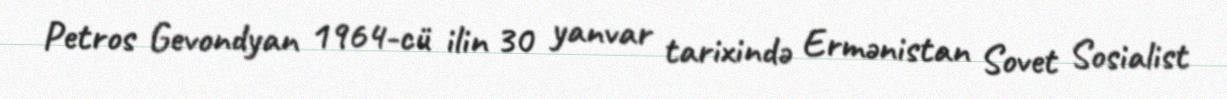
Petros Gevondyan 1964-cü ilin 30 yanvar tarixində Ermənistan Sovet Sosialist